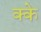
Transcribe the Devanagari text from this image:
क्के